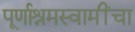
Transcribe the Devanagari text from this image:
पूर्णाश्रमस्वामींचा